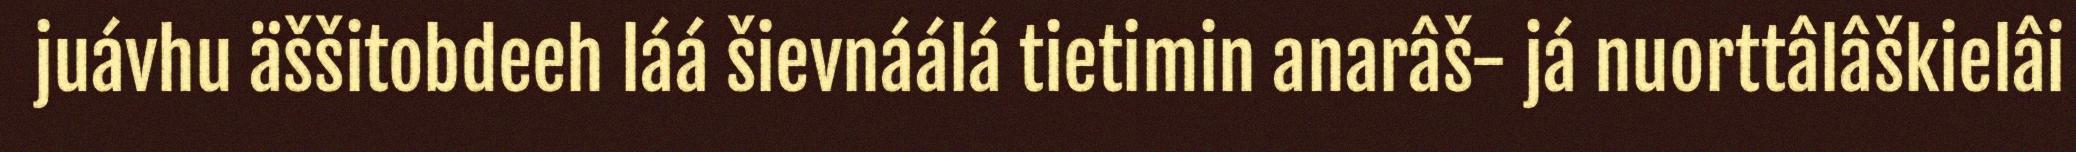
juávhu äššitobdeeh láá šievnáálá tietimin anarâš- já nuorttâlâškielâi